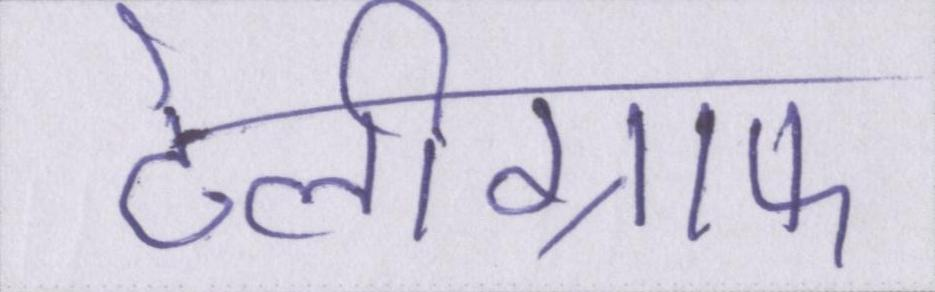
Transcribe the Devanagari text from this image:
टेलीग्राफ